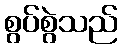
စွပ်စွဲသည်